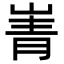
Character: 𡸺